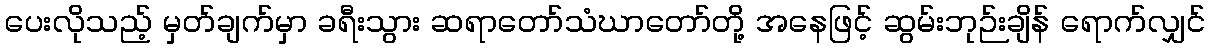
ပေးလိုသည့် မှတ်ချက်မှာ ခရီးသွား ဆရာတော်သံဃာတော်တို့ အနေဖြင့် ဆွမ်းဘုဉ်းချိန် ရောက်လျှင်